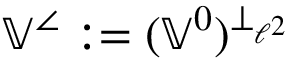
\mathbb { V } ^ { \angle } : = ( \mathbb { V } ^ { 0 } ) ^ { \perp _ { \ell ^ { 2 } } }